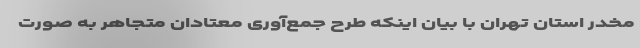
مخدر استان تهران با بیان اینکه طرح جمع‌آوری معتادان متجاهر به صورت